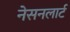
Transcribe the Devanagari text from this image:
नेसनलार्ट